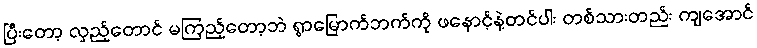
ပြီးတော့ လှည့်တောင် မကြည့်တော့ဘဲ ရွာမြောက်ဘက်ကို ဖနောင့်နဲ့တင်ပါး တစ်သားတည်း ကျအောင်